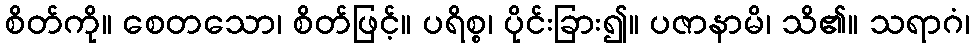
စိတ်ကို။ စေတသော၊ စိတ်ဖြင့်။ ပရိစ္စ၊ ပိုင်းခြား၍။ ပဇာနာမိ၊ သိ၏။ သရာဂံ၊